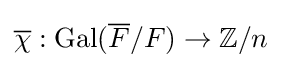
{\overline {\chi }}:{\text{Gal}}({\overline {F}}/F)\to \mathbb {Z} /n